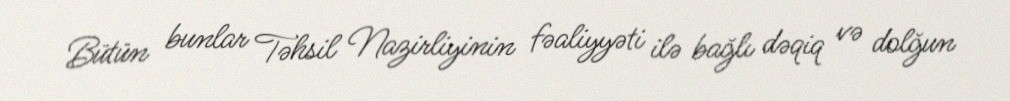
Bütün bunlar Təhsil Nazirliyinin fəaliyyəti ilə bağlı dəqiq və dolğun